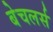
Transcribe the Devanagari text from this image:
बेचलर्स